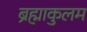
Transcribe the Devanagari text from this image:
ब्रह्माकुलम